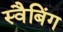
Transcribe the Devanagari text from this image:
स्वैबिंग